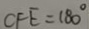
C F E = 1 8 0 ^ { \circ }